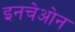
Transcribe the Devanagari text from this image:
इनचेओन